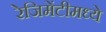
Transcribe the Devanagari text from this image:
रेजिमेंटीमध्ये